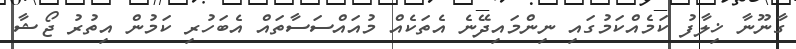
ގާނޫނާ ޚިލާފު ކަމެއްކަމުގައި ނިންމައިދޭނެ އެތަކެއް މުއައްސަސާތައް އެބަހުރި ކަމުން އިތުރު ޖޯޝާ